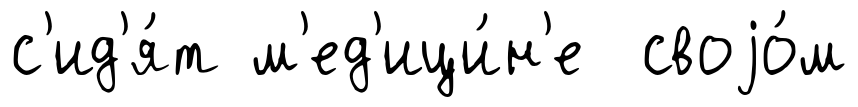
с'ид'я́т м'ед'ици́н'е своjо́м